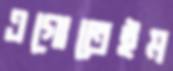
এগোতেইম